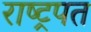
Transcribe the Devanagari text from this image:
राष्ट्रपत